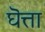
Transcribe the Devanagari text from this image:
घॆत्ता